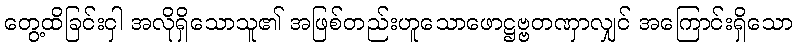
တွေ့ထိခြင်းငှါ အလိုရှိသောသူ၏ အဖြစ်တည်းဟူသောဖောဋ္ဌဗ္ဗတဏှာလျှင် အကြောင်းရှိသော